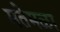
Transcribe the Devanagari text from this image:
मतेमळा